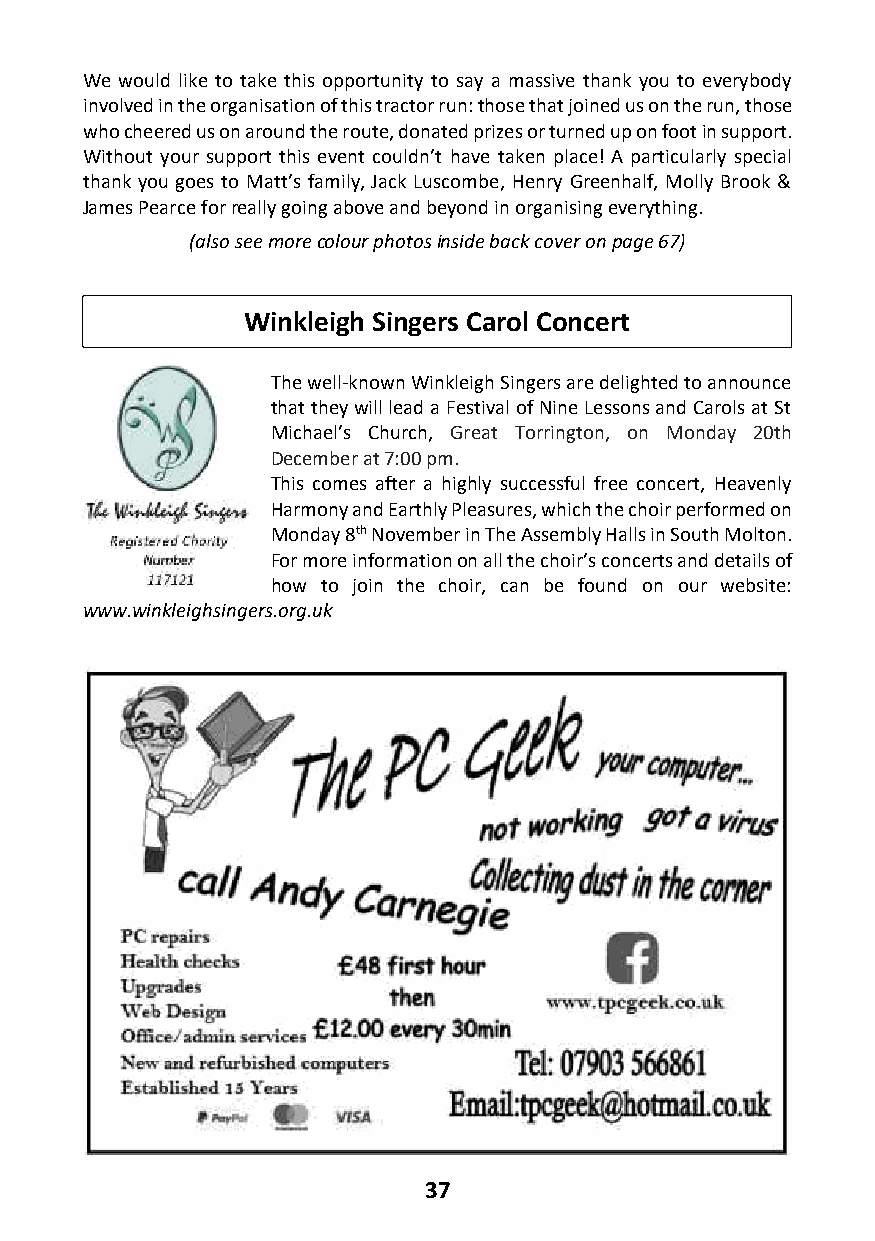
We would like to take this opportunity to say a massive thank you to everybody
 involved in the organisation of this tractor run: those that joined us on the run, those
 who cheered us on around the route, donated prizes or turned up on foot in support.
 Without your support this event couldn’t have taken place! A particularly special
 thank you goes to Matt’s family, Jack Luscombe, Henry Greenhalf, Molly Brook &
 James Pearce for really going above and beyond in organising everything.
 (also see more colour photos inside back cover on page 67)
 Winkleigh Singers Carol Concert
 The well-known Winkleigh Singers are delighted to announce
 that they will lead a Festival of Nine Lessons and Carols at St
 Michael’s Church, Great Torrington, on Monday 20th
 December at 7:00 pm.
 This comes after a highly successful free concert, Heavenly
 Harmony and Earthly Pleasures, which the choir performed on
 Monday 8th November in The Assembly Halls in South Molton.
 For more information on all the choir’s concerts and details of
 how to join the choir, can be found on our website:
 www.winkleighsingers.org.uk
 37